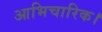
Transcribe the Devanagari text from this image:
आभिचारिक।